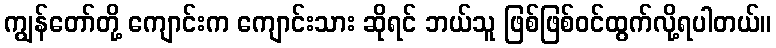
ကျွန်တော်တို့ ကျောင်းက ကျောင်းသား ဆိုရင် ဘယ်သူ ဖြစ်ဖြစ်ဝင်ထွက်လို့ရပါတယ်။